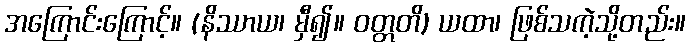
အကြောင်းကြောင့်။ (နိဿာယ၊ မှီ၍။ ဝတ္တတိ) ယထာ၊ ဖြစ်သကဲ့သို့တည်း။